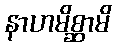
နာဟမိစ္ဆာမိ